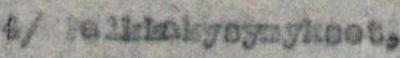
4/ Palkkakysymykset,